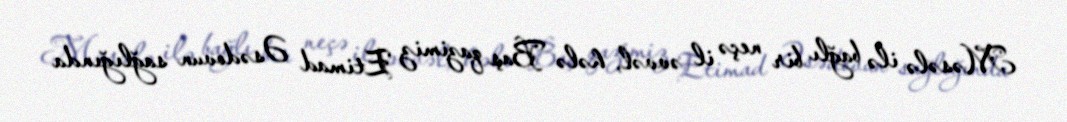
Məsələ ilə bağlı bir neçə il əvvəl, hələ Baş qazimiz Etimad Əsədovun sağlığında